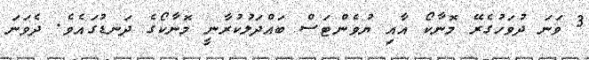
3 ވަނަ ދުވަހުގެރޭ މޮނާކޯ އާއި ޔުވެންޓަސް ބައްދަލުކުރާނީ މޮނާކޯގެ ދަނޑުގައެވެ. ދެވަނަ